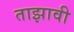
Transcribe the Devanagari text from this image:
ताझावी